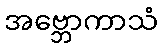
အဗ္ဘောကာသံ